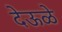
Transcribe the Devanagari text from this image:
देऊळे